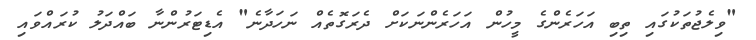
"ވިލެޖުތަކުގައި ތިބި އަހަރެެންގެ މީހުން އަހަރެެންނަކަށް ދެރަގޮތެއް ނަހަދާނެ" އެޑިޓަރުންނާ ބައްދަލު ކުރައްވައި